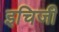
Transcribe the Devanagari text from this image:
इचिजी